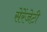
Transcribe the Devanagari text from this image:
सेरेंजेटी